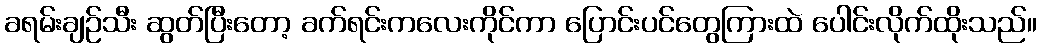
ခရမ်းချဉ်သီး ဆွတ်ပြီးတော့ ခက်ရင်းကလေးကိုင်ကာ ပြောင်းပင်တွေကြားထဲ ပေါင်းလိုက်ထိုးသည်။